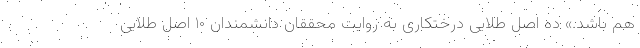
هم باشد.» ده اصل طلایی درختکاری به روایت محققان دانشمندان ۱۰ اصل طلایی